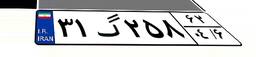
۳۱گ۲۵۸۶۲